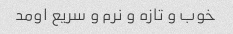
خوب و تازه و نرم و سریع اومد